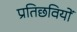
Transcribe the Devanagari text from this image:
प्रतिछवियों